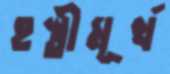
হস্তীমূর্খ